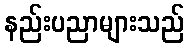
နည်းပညာများသည်